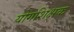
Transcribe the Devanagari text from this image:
योगशिक्षक